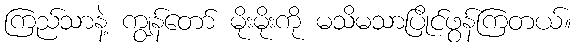
ကြည်သာနဲ့ ကျွန်တော် မိုးမိုးကို မသိမသာပြိုင်ဖွန်ကြတယ်။